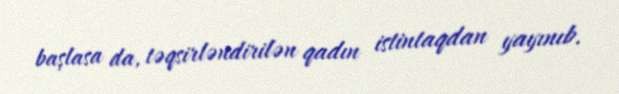
başlasa da, təqsirləndirilən qadın istintaqdan yayınıb.